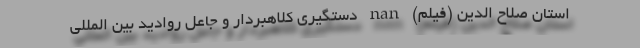
استان صلاح الدین (فیلم) nan دستگیری کلاهبردار و جاعل روادید بین المللی